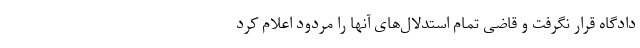
دادگاه قرار نگرفت و قاضی تمام استدلال‌های آنها را مردود اعلام کرد